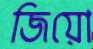
জিয়ো